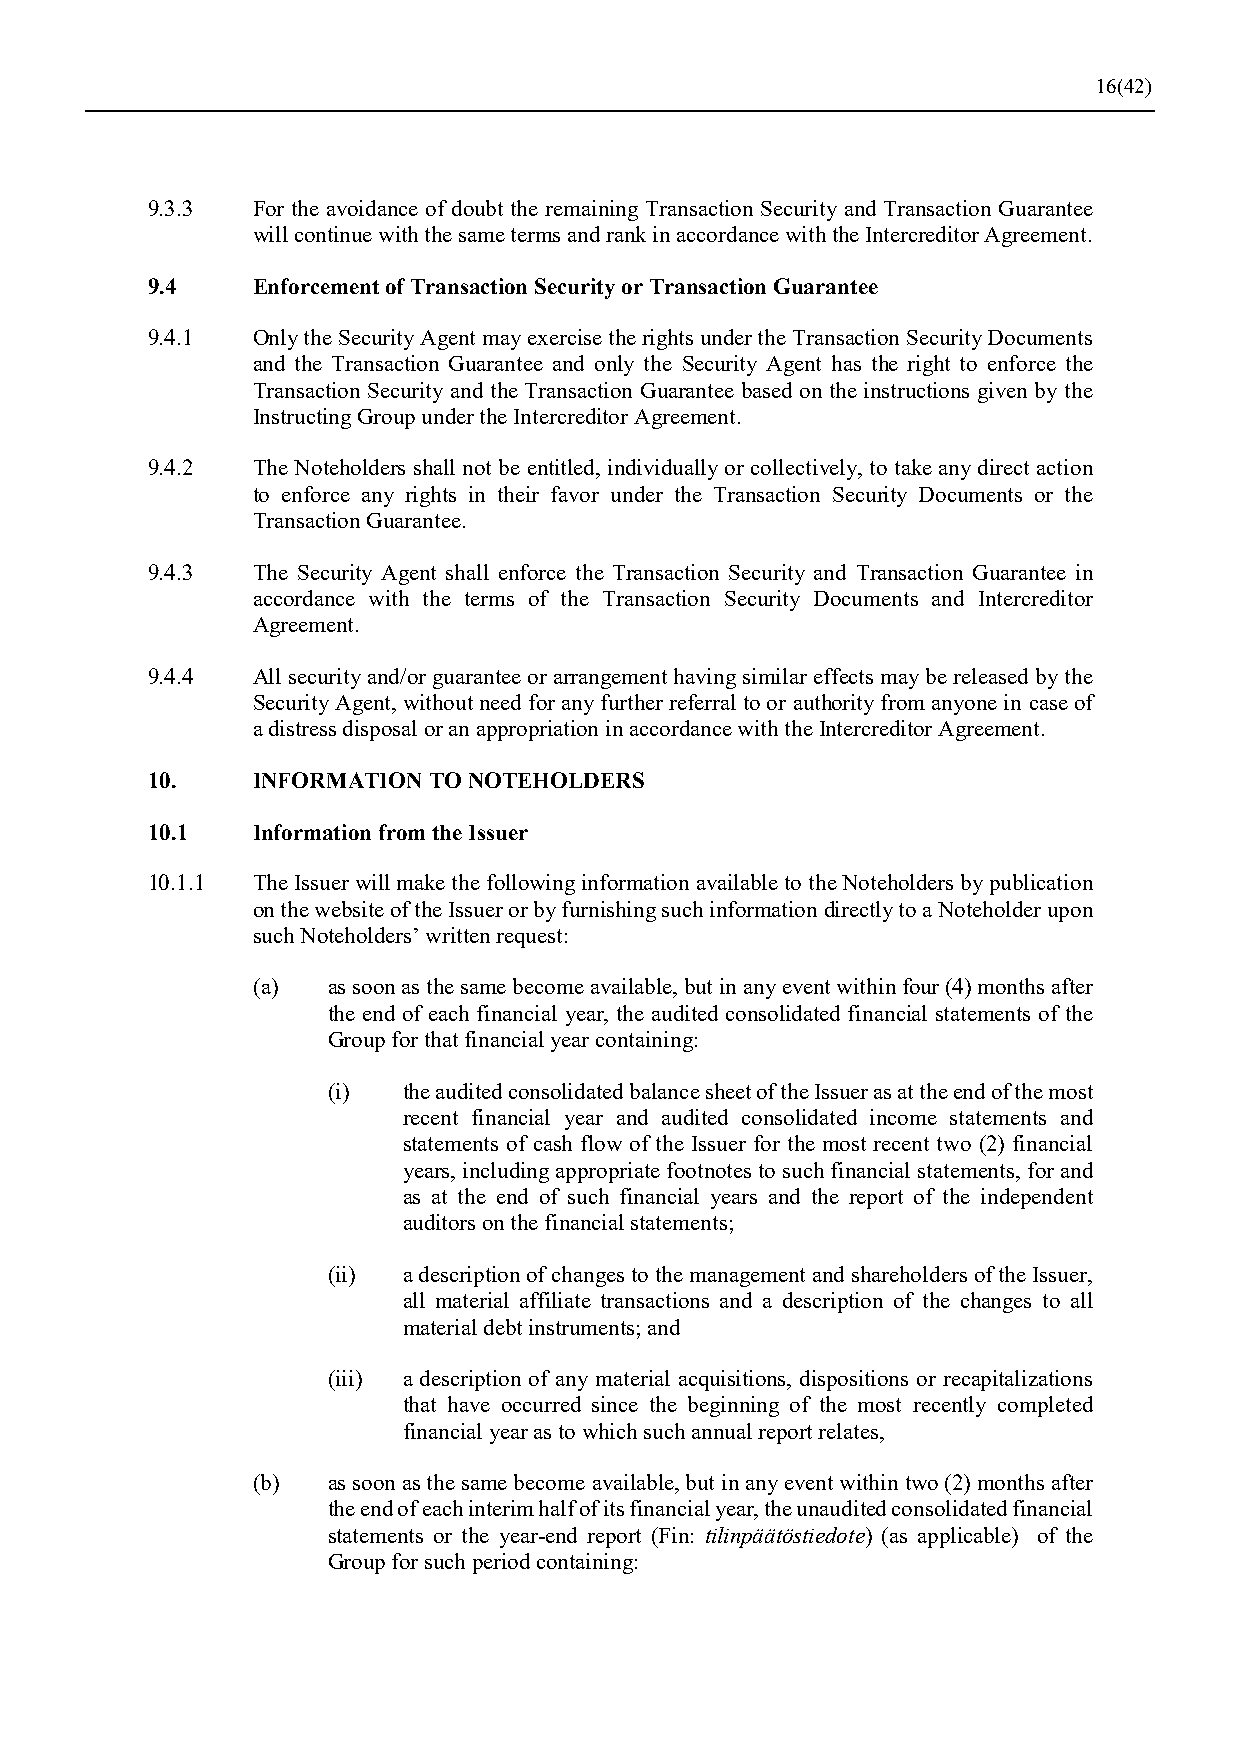
16(42)
 9.3.3  For the avoidance of doubt the remaining Transaction Security and Transaction Guarantee
 will continue with the same terms and rank in accordance with the Intercreditor Agreement.
 9.4    Enforcement of Transaction Security or Transaction Guarantee
 9.4.1  Only the Security Agent may exercise the rights under the Transaction Security Documents
 and the Transaction Guarantee and only the Security Agent has the right to enforce the
 Transaction Security and the Transaction Guarantee based on the instructions given by the
 Instructing Group under the Intercreditor Agreement.
 9.4.2  The Noteholders shall not be entitled, individually or collectively, to take any direct action
 to enforce any rights in their favor under the Transaction Security Documents or the
 Transaction Guarantee.
 9.4.3  The Security Agent shall enforce the Transaction Security and Transaction Guarantee in
 accordance with the terms of the Transaction Security Documents and Intercreditor
 Agreement.
 9.4.4  All security and/or guarantee or arrangement having similar effects may be released by the
 Security Agent, without need for any further referral to or authority from anyone in case of
 a distress disposal or an appropriation in accordance with the Intercreditor Agreement.
 10.    INFORMATION TO NOTEHOLDERS
 10.1   Information from the Issuer
 10.1.1 The Issuer will make the following information available to the Noteholders by publication
 on the website of the Issuer or by furnishing such information directly to a Noteholder upon
 such Noteholders’ written request:
 (a)  as soon as the same become available, but in any event within four (4) months after
 the end of each financial year, the audited consolidated financial statements of the
 Group for that financial year containing:
 (i)  the audited consolidated balance sheet of the Issuer as at the end of the most
 recent financial year and audited consolidated income statements and
 statements of cash flow of the Issuer for the most recent two (2) financial
 years, including appropriate footnotes to such financial statements, for and
 as at the end of such financial years and the report of the independent
 auditors on the financial statements;
 (ii) a description of changes to the management and shareholders of the Issuer,
 all material affiliate transactions and a description of the changes to all
 material debt instruments; and
 (iii) a description of any material acquisitions, dispositions or recapitalizations
 that have occurred since the beginning of the most recently completed
 financial year as to which such annual report relates,
 (b)  as soon as the same become available, but in any event within two (2) months after
 the end of each interim half of its financial year, the unaudited consolidated financial
 statements or the year-end report (Fin: tilinpäätöstiedote) (as applicable) of the
 Group for such period containing: